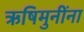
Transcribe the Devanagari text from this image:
ऋषिमुनींना